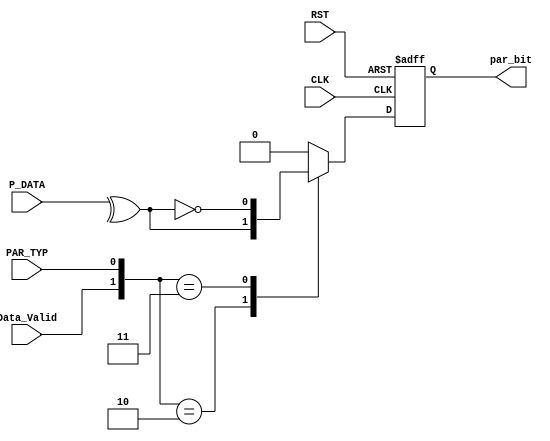
module UART_Parity_Calc(
  input wire [7:0] P_DATA,
  input wire Data_Valid, PAR_TYP,
  input wire CLK, RST,
  output reg par_bit
);


  always@(posedge CLK or negedge RST)
  begin
    if(!RST)
      begin
        par_bit <= 1'b0;
      end
    else
      begin
        case ({Data_Valid,PAR_TYP})
          2'b10: par_bit <= ^P_DATA; //Even parity
          2'b11: par_bit <= ~(^P_DATA); //Odd parity
          default: par_bit <= 1'b0;
        endcase
      end
  end
  
endmodule